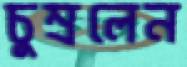
চুম্‌রলেন